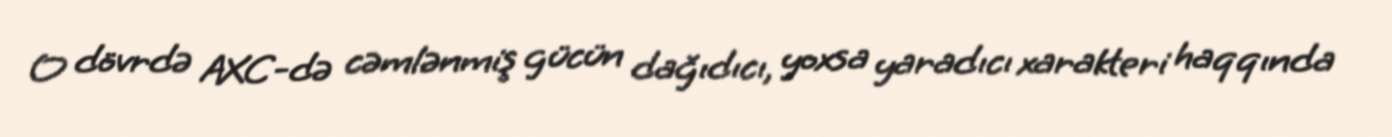
O dövrdə AXC-də cəmlənmiş gücün dağıdıcı, yoxsa yaradıcı xarakteri haqqında